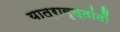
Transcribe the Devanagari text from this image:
यात्रावृत्तांतों